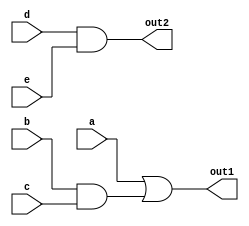
`timescale 1ns / 1ps

module blackCell(output out1,
                 output out2,
                 input a,
                 input b,
                 input c,
                 input d,
                 input e);
                 
assign out1 = a | b & c;
assign out2 = d & e;
endmodule